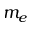
m _ { e }